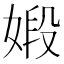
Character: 𪦋